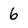
Character: 6